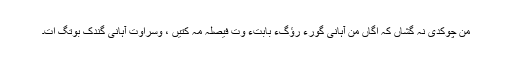
من چوکدی نہ گشاں کہ اگاں من آہانی گْورءَ رؤگءِ بابتءَ وت فیصلہ مہ کتیں ، وسّراوت آہانی گِندُک بوتگ اَت۔